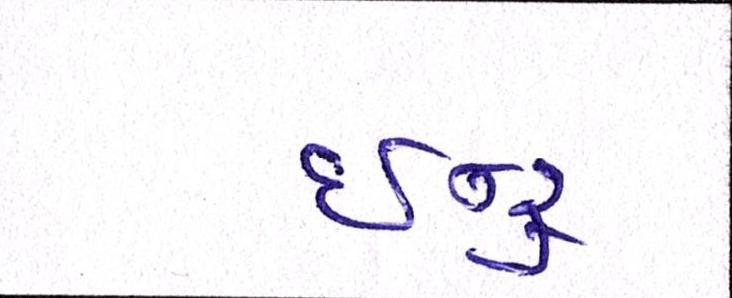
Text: ઈન્દ્ર